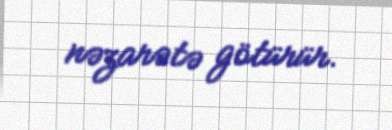
nəzarətə götürür.